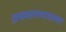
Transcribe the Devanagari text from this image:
अभयारण्यातजसा